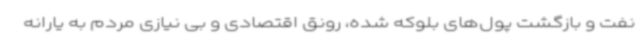
نفت و بازگشت پول‌های بلوکه شده، رونق اقتصادی و بی نیازی مردم به یارانه